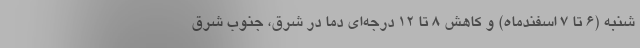
شنبه (۶ تا ۷ اسفندماه)‌ و کاهش ۸ تا ۱۲ درجه‌ای دما در شرق، جنوب شرق